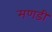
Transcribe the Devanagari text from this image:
मणडी